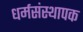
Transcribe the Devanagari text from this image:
धर्मसंस्थापक